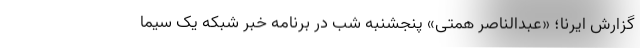
گزارش ایرنا؛ «عبدالناصر همتی» پنجشنبه شب در برنامه خبر شبکه یک سیما